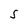
Character: S